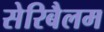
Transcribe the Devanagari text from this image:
सेरिबैलम